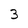
Character: 3